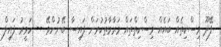
ފޭދޫ މިސްކިތެއް ބައެއް މިސްކިތްތައް މަރާމާތުކުރަން ފައިސާ ބޭނުންވޭ -- ހަވީރު ފައިލް